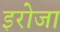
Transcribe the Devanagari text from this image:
इरोजा